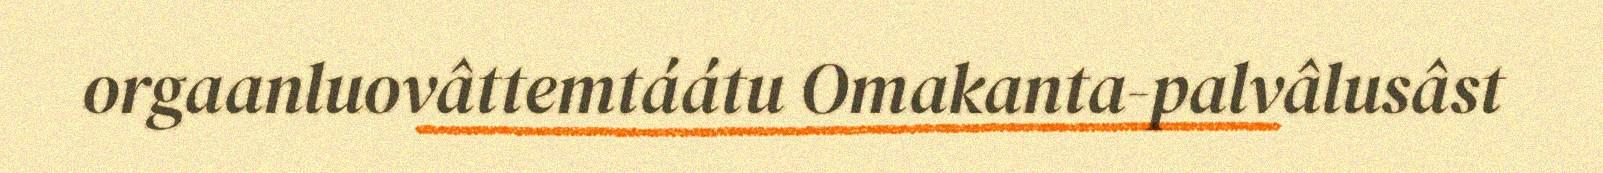
orgaanluovâttemtáátu Omakanta-palvâlusâst